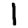
Digit: 1